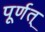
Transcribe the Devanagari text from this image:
पूर्णत्